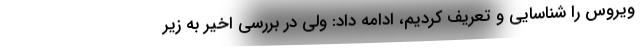
ویروس را شناسایی و تعریف کردیم، ادامه داد: ولی در بررسی اخیر به زیر